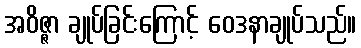
အဝိဇ္ဇာ ချုပ်ခြင်းကြောင့် ဝေဒနာချုပ်သည်။